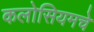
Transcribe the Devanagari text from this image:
कलोसियमचे